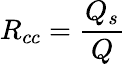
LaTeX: R_{cc}=\frac{Q_{s}}{Q}